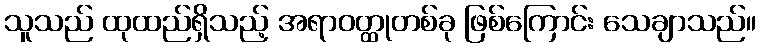
သူသည် ထုထည်ရှိသည့် အရာဝတ္ထုတစ်ခု ဖြစ်ကြောင်း သေချာသည်။